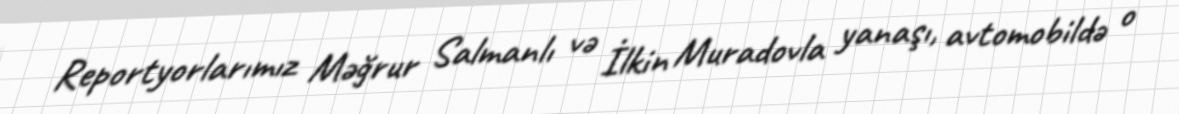
Reportyorlarımız Məğrur Salmanlı və İlkin Muradovla yanaşı, avtomobildə o